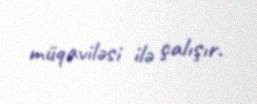
müqaviləsi ilə çalışır.